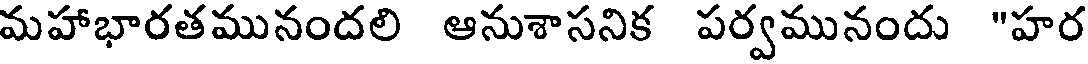
మహాభారతమునందలి ఆనుశాసనిక పర్వమునందు "హర